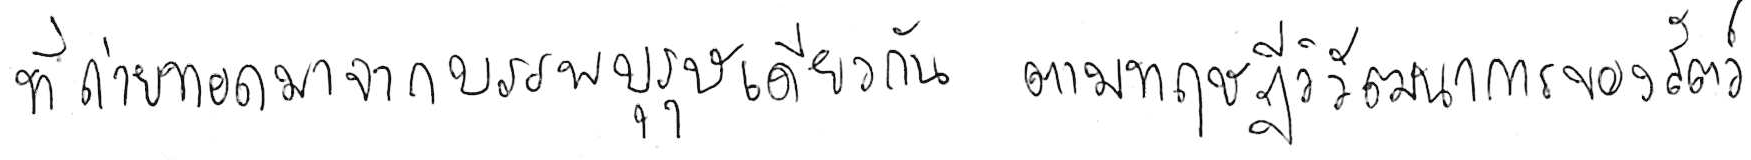
ที่ถ่ายทอดมาจากบรรพบุรุษเดียวกัน ตามทฤษฎีวิวัฒนาการของสัตว์